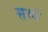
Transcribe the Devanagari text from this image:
सव्यं